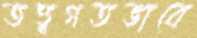
তত্ত্বগতভাবে